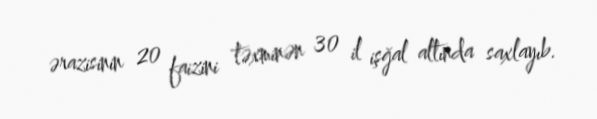
ərazisinin 20 faizini təxminən 30 il işğal altında saxlayıb.